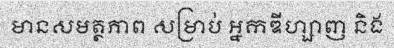
មានសមត្ថភាព សម្រាប់ អ្នកឌីហ្សាញ និង